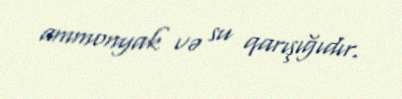
ammonyak və su qarışığıdır.